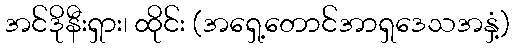
အင်ဒိုနီးရှား၊ ထိုင်း (အရှေ့တောင်အာရှဒေသအနှံ့)